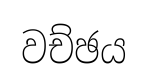
වච්ඡය